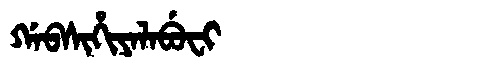
Manchu: ᡤᠠᠪᠰᡳᡥᡳᠶᠠᠯᠠᠪᡠᠸᡳ
Romanization: GABSIHIYALABUFI